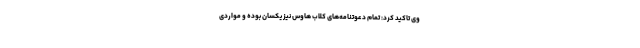
وی تاکید کرد: تمام دعوتنامه‌های کلاب هاوس نیز یکسان بوده و مواردی